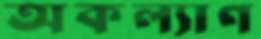
অকল্যাণ